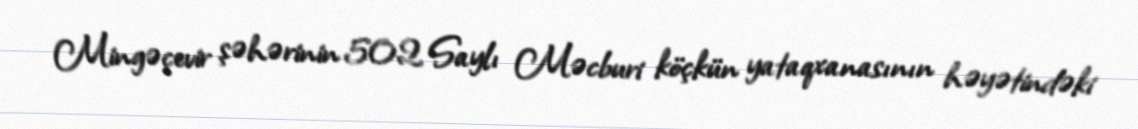
Mingəçevir şəhərinin 502 Saylı Məcburi köçkün yataqxanasının həyətindəki